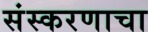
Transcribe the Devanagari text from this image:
संस्करणाचा